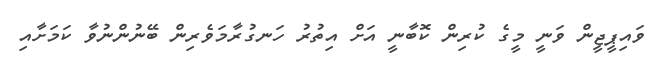
ވައިޕީޖީން ވަނީ މީގެ ކުރިން ކޮބާނީ އަށް އިތުރު ހަނގުރާމަވެރިން ބޭނުންނުވާ ކަމަށާއި